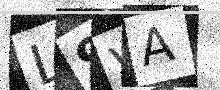
Text: L9VA